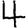
Digit: 4